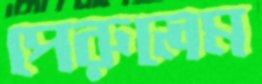
পেরুলেম